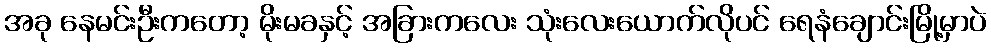
အခု နေမင်းဦးကတော့ မိုးမခနှင့် အခြားကလေး သုံးလေးယောက်လိုပင် ရေနံချောင်းမြို့မှာပဲ